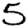
Digit: 5